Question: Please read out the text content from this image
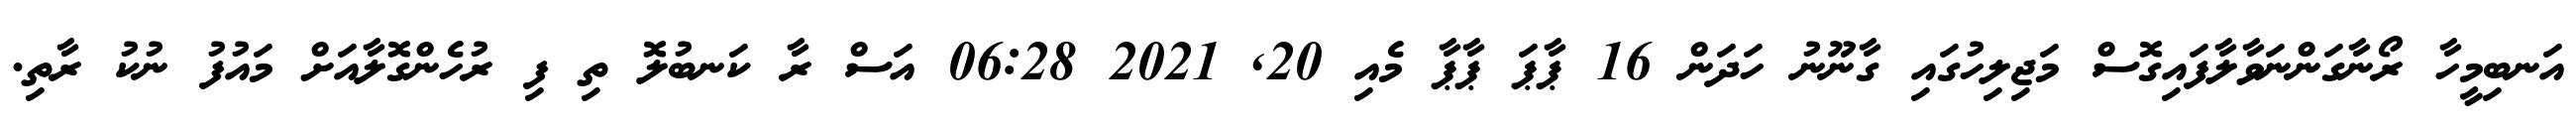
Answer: އަނބިމީހާ ރޯނާގަންނަވާލާފައިގޮސް މަޖިލިހުގައި ގާނޫނު ހަދަން 16 ޕާޕަ ޕާޕާ މެއި 20, 2021 06:28 އަސް ރާ ކަނބުލޮ ތި ފި ރުހެންގޮލާއަށް މައުފު ނުކު ރާތި.